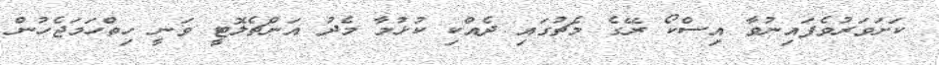
ކަށަވަރުވެފައިނުވާ އިސްކޯ ރޭގެ މެޗުގައި ދެއްކި ކުޅުމާ މެދު އަންޗެލޮޓީ ވަނީ ހިތްހަމަޖެހުން